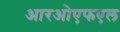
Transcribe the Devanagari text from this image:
आरओएफएल